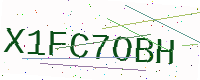
Text: X1FC7OBH